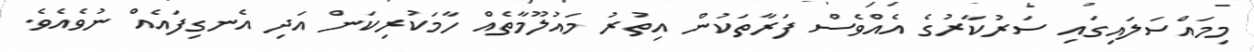
މިމައްސަލައިގައި ސަރުކާރުގެ އެއްވެސް ފަރާތަކުން އިތުރު މައުލޫމާތެއް ހާމަކުރިކަން އަދި އެނގިފައެއް ނުވެއެވެ.